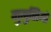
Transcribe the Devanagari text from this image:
गुमुसियो